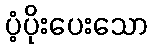
ပံ့ပိုးပေးသော